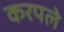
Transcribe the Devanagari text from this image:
करपले